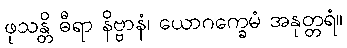
ဖုသန္တိ ဓီရာ နိဗ္ဗာနံ၊ ယောဂက္ခေမံ အနုတ္တရံ။